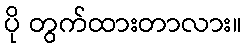
ပို တွက်ထားတာလား။